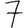
Digit: 7